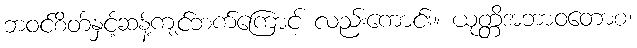
ဘဝင်စိတ်နှင့်ဆန့်ကျင်ဘက်ကြောင့် လည်းကောင်း။ ယုတ္တိအဘာဝတောစ၊